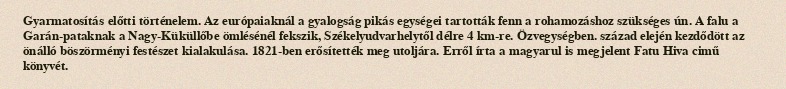
Gyarmatosítás előtti történelem. Az európaiaknál a gyalogság pikás egységei tartották fenn a rohamozáshoz szükséges ún. A falu a Garán-pataknak a Nagy-Küküllőbe ömlésénél fekszik, Székelyudvarhelytől délre 4 km-re. Özvegységben. század elején kezdődött az önálló böszörményi festészet kialakulása. 1821-ben erősítették meg utoljára. Erről írta a magyarul is megjelent Fatu Hiva cimű könyvét.